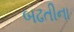
બઢતીના